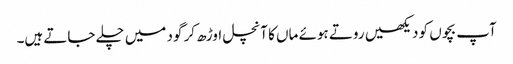
آپ بچوں کو دیکھیں روتے ہوئے ماں کا آنچل اوڑھ کر گود میں چلے جاتے ہیں۔